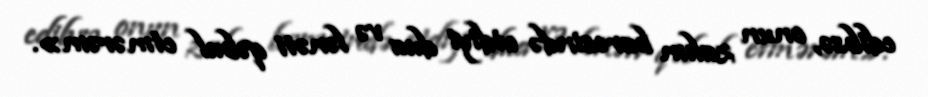
edibsə, onun zalım barəsində etdiyi dua və lənəti qəbul etmərəm».